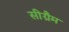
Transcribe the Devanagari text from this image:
सीग्रैम